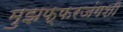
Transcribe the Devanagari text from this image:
मुझफ्फरजंगशी